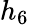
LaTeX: h_{6}